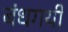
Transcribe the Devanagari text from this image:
बंधगयी